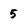
Character: 5